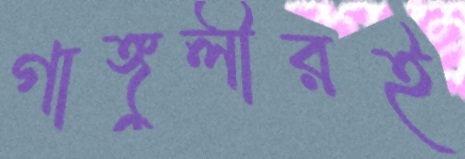
গাঙ্গুলীরই